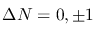
\Delta N = 0 , \pm 1